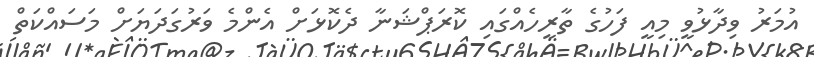
އުމަރު ވިދާޅުވީ މިއީ ފަހުގެ ތާރީހެއްގައި ކޮރަޕްޝަނާ ދެކޮޅަށް އެންމެ ވަރުގަދަޔަށް މަސައްކަތް